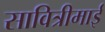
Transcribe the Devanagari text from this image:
सावित्रीमाई